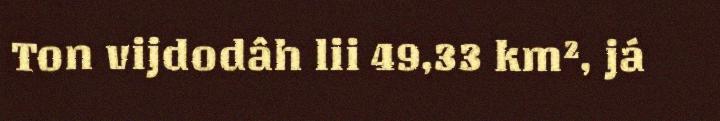
Ton vijdodâh lii 49,33 km², já